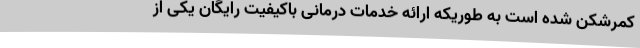
کمرشکن شده است به طوریکه ارائه خدمات درمانی باکیفیت رایگان یکی از